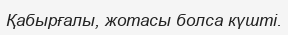
Қабырғалы, жотасы болса күшті.